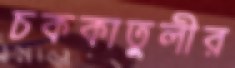
চককাতুলীর